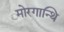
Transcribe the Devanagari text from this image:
मोरगान्थि